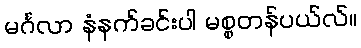
မင်္ဂလာ နံနက်ခင်းပါ မစ္စတန်ပယ်လ်။